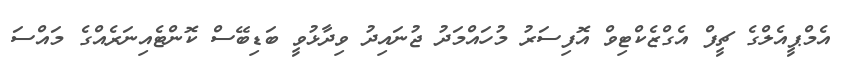
އެމްޕީއެލްގެ ޗީފް އެގްޒެކްޓިވް އޮފިސަރު މުހައްމަދު ޖުނައިދު ވިދާޅުވީ ބަޑިބޭސް ކޮންޓެއިނަރެއްގެ މައްސަ